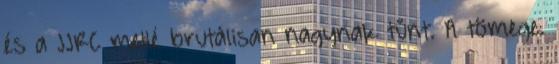
és a JJRC mellé brutálisan nagynak tűnt. A tömege.